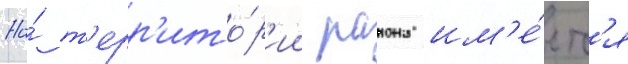
На́ т'ерр'ито́р'ии раиона им'е́етс'я